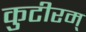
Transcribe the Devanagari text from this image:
कुटीरम्